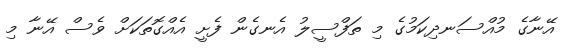
އޭނާގެ މުއްސަނދިކަމުގެ މި ތަފްސީލު އެނގެން ފެށީ އެއްގޮތަކަށް ވެސް އޭނާ މި